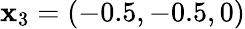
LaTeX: \mathbf{x}_{3}=(-0.5,-0.5,0)